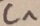
Text: C1